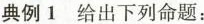
典例1 给出下列命题：